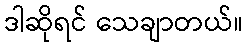
ဒါဆိုရင် သေချာတယ်။